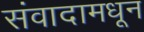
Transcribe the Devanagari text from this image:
संवादामधून